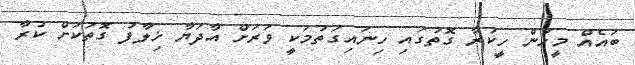
ބައެއް މީހުން ހީކުރާ ގޮތުގައި ހިނައިގަތުމަކީ ވަރަށް އާދަޔާ ޚިލާފު ގޮތަކަށް ކުރާ